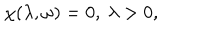
\chi ( \lambda , \omega ) = 0 , ~ \lambda > 0 ,